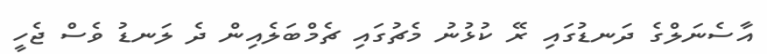
އާސެނަލްގެ ދަނޑުގައި ރޭ ކުޅުނު މެޗުގައި ޗެމްބަލެއިން ދެ ލަނޑު ވެސް ޖެހީ